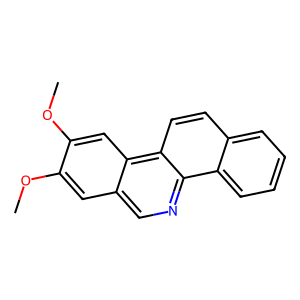
SMILES: COc1cc2cnc3c4ccccc4ccc3c2cc1OC
Inhibits HIV replication: No